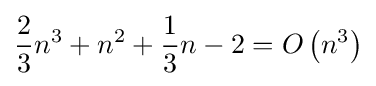
{\frac {2}{3}}n^{3}+n^{2}+{\frac {1}{3}}n-2=O\left(n^{3}\right)